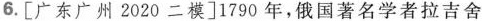
6. [广东广州2020二模]1790年，俄国著名学者拉吉舍